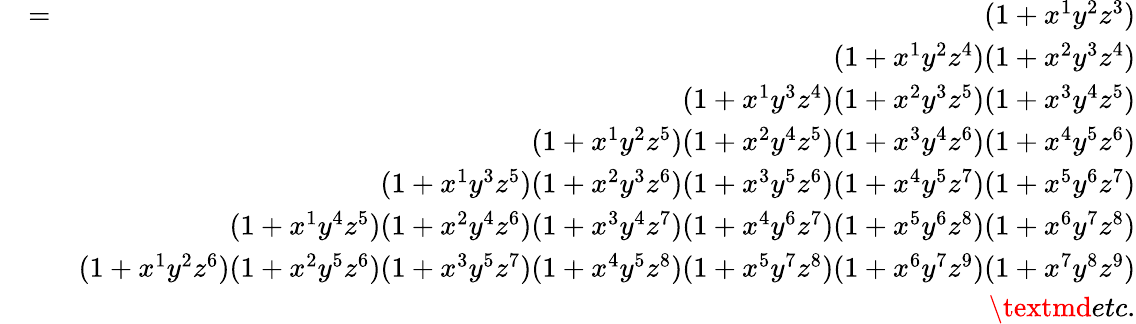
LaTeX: \begin{array}{rlr}&{=}&{(1+x^{1}y^{2}z^{3})}\\ &{}&{(1+x^{1}y^{2}z^{4})(1+x^{2}y^{3}z^{4})}\\ &{}&{(1+x^{1}y^{3}z^{4})(1+x^{2}y^{3}z^{5})(1+x^{3}y^{4}z^{5})}\\ &{}&{(1+x^{1}y^{2}z^{5})(1+x^{2}y^{4}z^{5})(1+x^{3}y^{4}z^{6})(1+x^{4}y^{5}z^{6})}\\ &{}&{(1+x^{1}y^{3}z^{5})(1+x^{2}y^{3}z^{6})(1+x^{3}y^{5}z^{6})(1+x^{4}y^{5}z^{7})(1+x^{5}y^{6}z^{7})}\\ &{}&{(1+x^{1}y^{4}z^{5})(1+x^{2}y^{4}z^{6})(1+x^{3}y^{4}z^{7})(1+x^{4}y^{6}z^{7})(1+x^{5}y^{6}z^{8})(1+x^{6}y^{7}z^{8})}\\ &{}&{(1+x^{1}y^{2}z^{6})(1+x^{2}y^{5}z^{6})(1+x^{3}y^{5}z^{7})(1+x^{4}y^{5}z^{8})(1+x^{5}y^{7}z^{8})(1+x^{6}y^{7}z^{9})(1+x^{7}y^{8}z^{9})}\\ &{}&{\textmd{etc.}}\end{array}